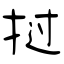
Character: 挝